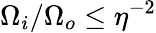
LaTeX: \Omega_{i}/\Omega_{o}\leq\eta^{-2}